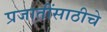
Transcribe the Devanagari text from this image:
प्रजातींसाठीचे